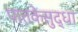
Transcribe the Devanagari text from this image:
पातकेसुद्धा